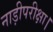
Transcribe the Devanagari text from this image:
नाड़ीपरीक्षा।